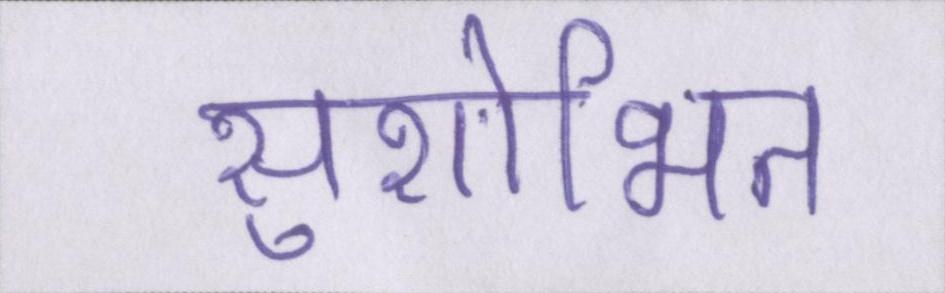
सुशोभित